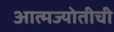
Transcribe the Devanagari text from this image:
आत्मज्योतीची